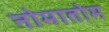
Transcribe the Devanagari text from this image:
नोमातोम